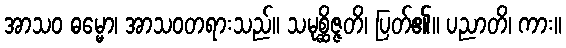
အာသဝ ဓမ္မော၊ အာသဝတရားသည်။ သမုစ္ဆိဇ္ဇတိ၊ ပြတ်၏။ ပညာတိ၊ ကား။